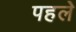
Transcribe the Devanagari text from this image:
पहलेे